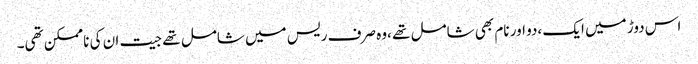
اس دوڑ میں ایک ،دو اور نام بھی شامل تھے ،وہ صرف ریس میں شامل تھے جیت ان کی ناممکن تھی۔